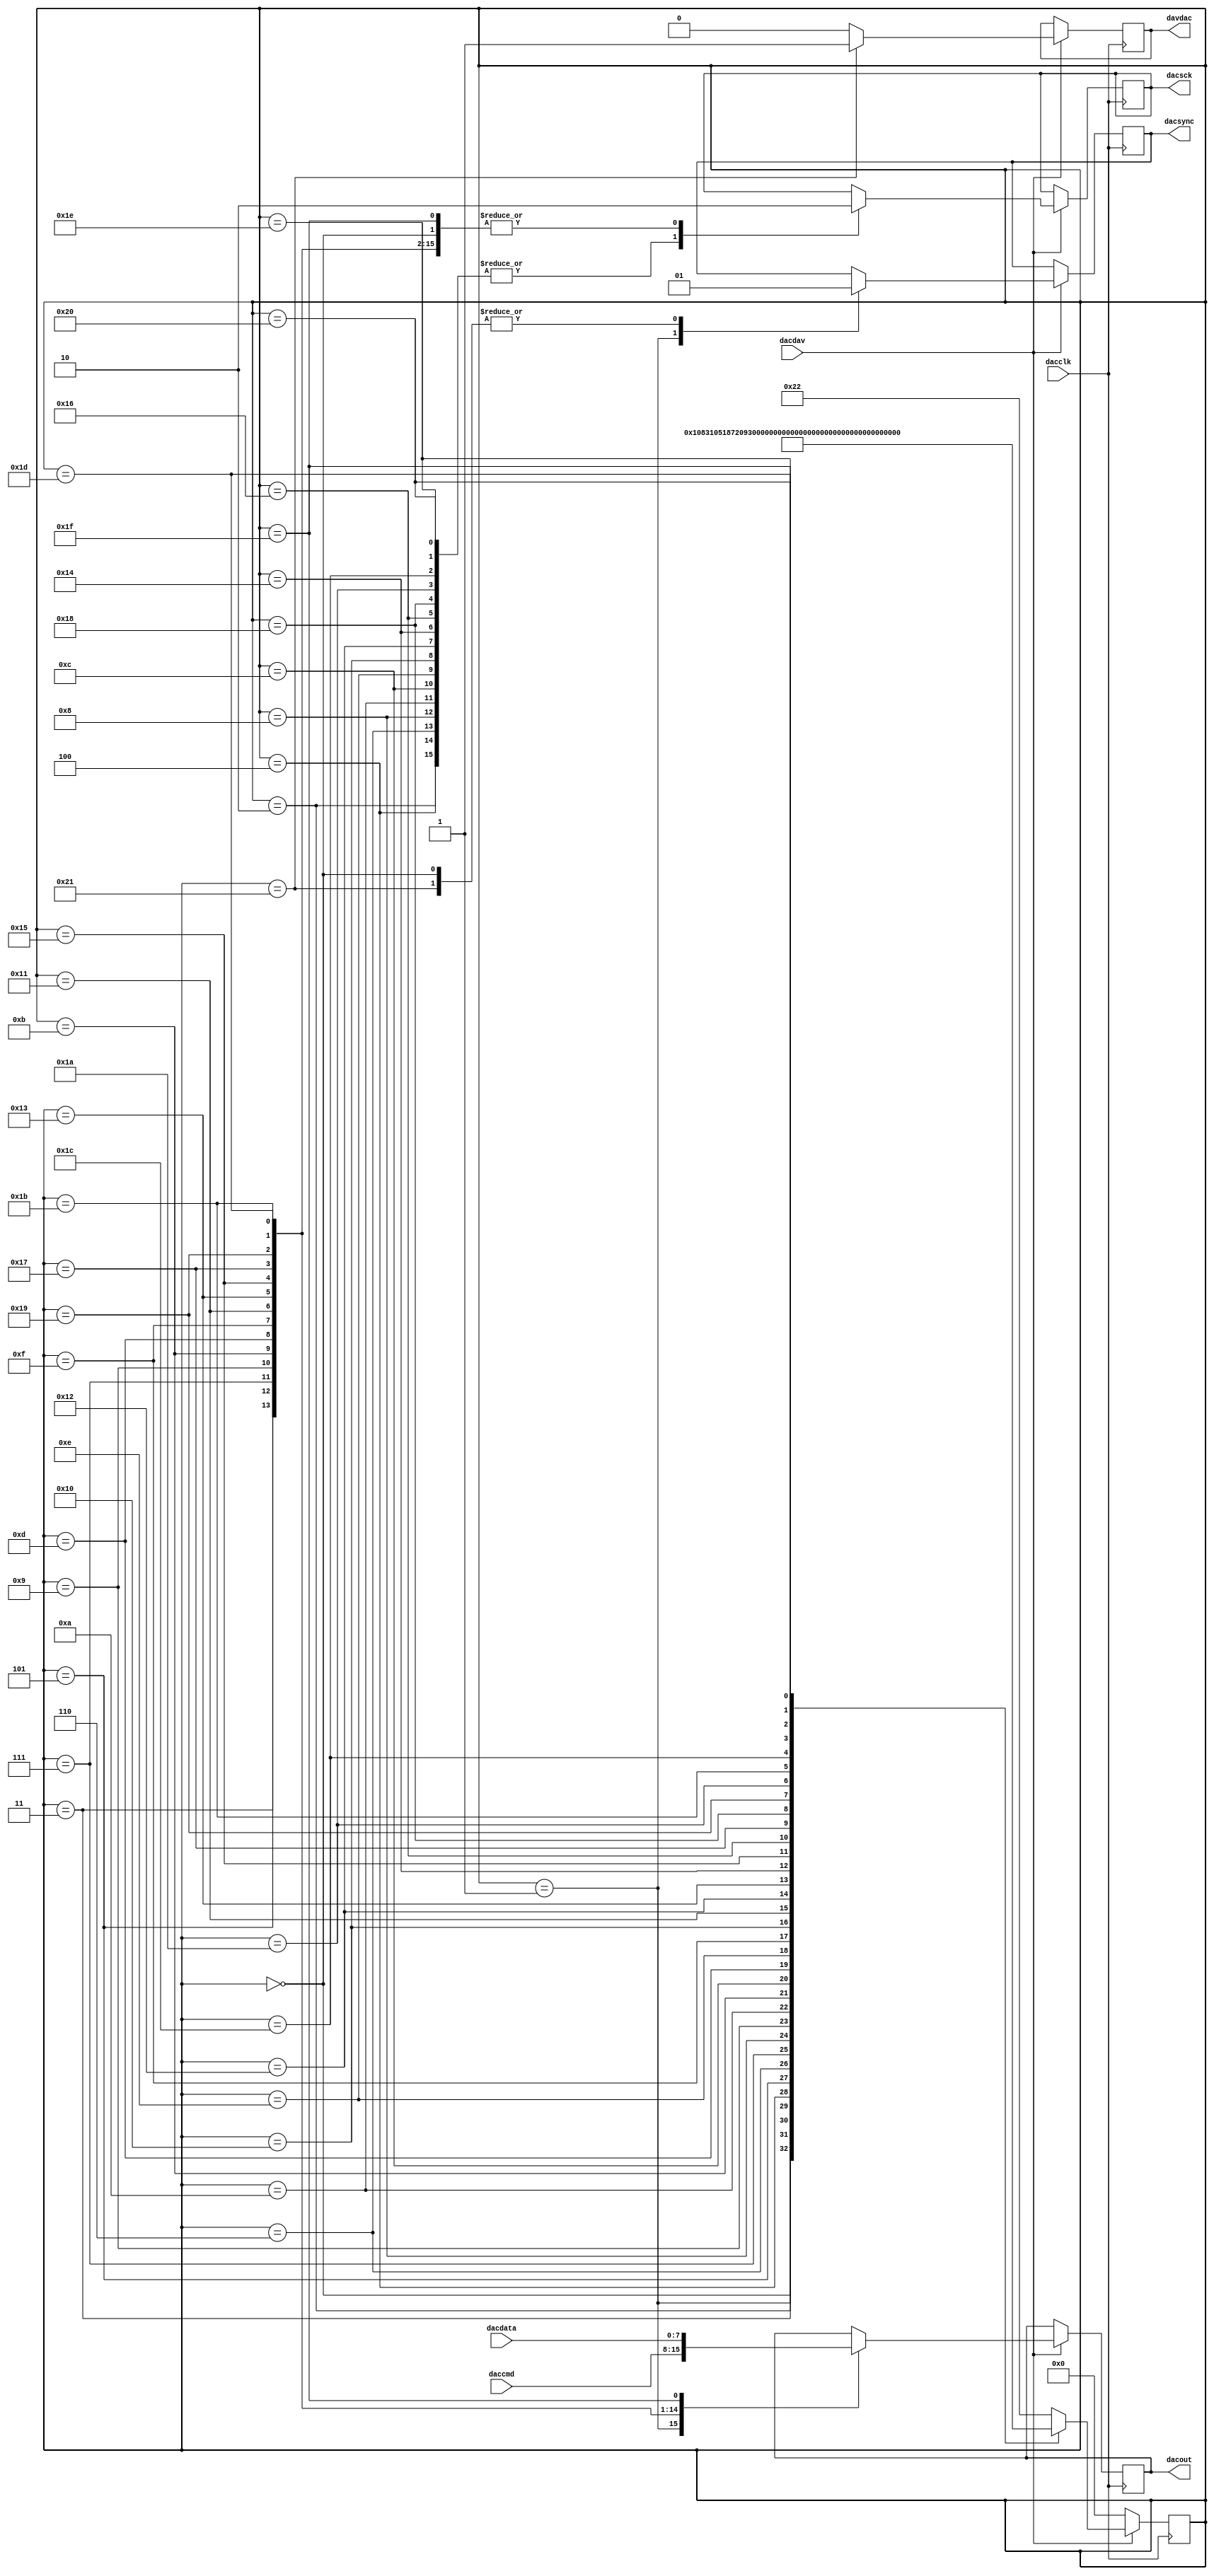
// Spartan-3E Starter Board 
// Digital-to-Analog Converter da1dac.v
// c 2008 Embedded Design using Programmable Gate Arrays  Dennis Silage

module da1dac(input dacclk, input dacdav, output reg davdac,
					output reg dacout, output reg dacsck=0,
					output reg dacsync=0, input [7:0] daccmd,
					input [7:0] dacdata);
					
reg [5:0] dacstate=0;

always@(posedge dacclk)
	begin
		if (dacdav==0)		// DAC data?	
				dacstate=0;
			
		else
			begin
				davdac=0;	// DAC data NAK 

				case (dacstate)
				0: begin
						dacsync=1;
						dacsck=0;
						dacstate=1;
					end
				1: begin
						dacsync=0;
						dacout=daccmd[7];
						dacstate=2;
					end
				2: begin
						dacsck=1;
						dacstate=3;
					end
				3: begin
						dacsck=0;
						dacout=daccmd[6];
						dacstate=4;
					end			
				4: begin
						dacsck=1;
						dacstate=5;
					end
				5: begin
						dacsck=0;
						dacout=daccmd[5];
						dacstate=6;
					end			
				6: begin
						dacsck=1;
						dacstate=7;
					end
				7: begin
						dacsck=0;
						dacout=daccmd[4];
						dacstate=8;
					end			
				8: begin
						dacsck=1;
						dacstate=9;
					end
				9: begin
						dacsck=0;
						dacout=daccmd[3];
						dacstate=10;
					end
				10: begin
						dacsck=1;
						dacstate=11;
					end
				11: begin
						dacsck=0;
						dacout=daccmd[2];
						dacstate=12;
					end			
				12: begin
						dacsck=1;
						dacstate=13;
					end
				13: begin
						dacsck=0;
						dacout=daccmd[1];
						dacstate=14;
					end			
				14: begin
						dacsck=1;
						dacstate=15;
					end
				15: begin
						dacsck=0;
						dacout=daccmd[0];
						dacstate=16;
					end			
				16: begin
						dacsck=1;
						dacstate=17;
					end
				17: begin
						dacsck=0;
						dacout=dacdata[7];
						dacstate=18;
					end			
				18: begin
						dacsck=1;
						dacstate=19;
					end
				19: begin
						dacsck=0;
						dacout=dacdata[6];
						dacstate=20;
					end								
				20: begin
						dacsck=1;
						dacstate=21;
					end
				21: begin
						dacsck=0;
						dacout=dacdata[5];
						dacstate=22;
					end			
				22: begin
						dacsck=1;
						dacstate=23;
					end
				23: begin
						dacsck=0;
						dacout=dacdata[4];
						dacstate=24;
					end								
				24: begin
						dacsck=1;
						dacstate=25;
					end
				25: begin
						dacsck=0;
						dacout=dacdata[3];
						dacstate=26;
					end		
				26: begin
						dacsck=1;
						dacstate=27;
					end
				27: begin
						dacsck=0;
						dacout=dacdata[2];
						dacstate=28;
					end								
				28: begin
						dacsck=1;
						dacstate=29;
					end
				29: begin
						dacsck=0;
						dacout=dacdata[1];
						dacstate=30;
					end			
				30: begin
						dacsck=1;
						dacstate=31;
					end
				31: begin
						dacsck=0;
						dacout=dacdata[0];
						dacstate=32;
					end								
				32: begin
						dacsck=1;
						dacstate=33;
					end
				33: begin
						dacsync=1;
						dacsck=0;
						davdac=1;	// DAC data ACK	
						dacstate=34;
					end			
				34: dacstate=34;
				default: dacstate=34;
			endcase
		end
	end
endmodule